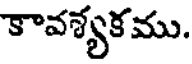
కావశ్యకము.